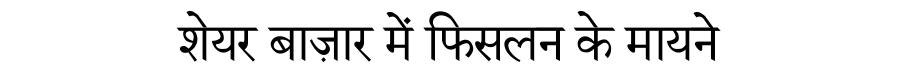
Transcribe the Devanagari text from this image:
शेयर बाज़ार में फिसलन के मायने